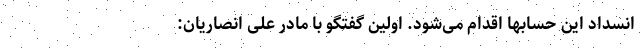
انسداد این حسابها اقدام می‌شود. اولین گفتگو با مادر علی انصاریان: